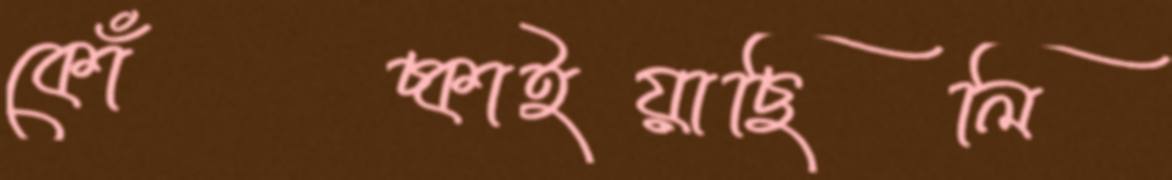
কোঁচ্‌কাইয়াছিলি